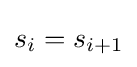
s_{i}=s_{i+1}